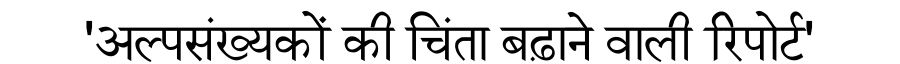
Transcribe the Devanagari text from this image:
'अल्पसंख्यकों की चिंता बढ़ाने वाली रिपोर्ट'